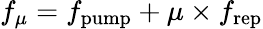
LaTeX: f_{\mu}=f_{\mathrm{pump}}+\mu\times f_{\mathrm{rep}}